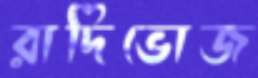
রাদিভোজ